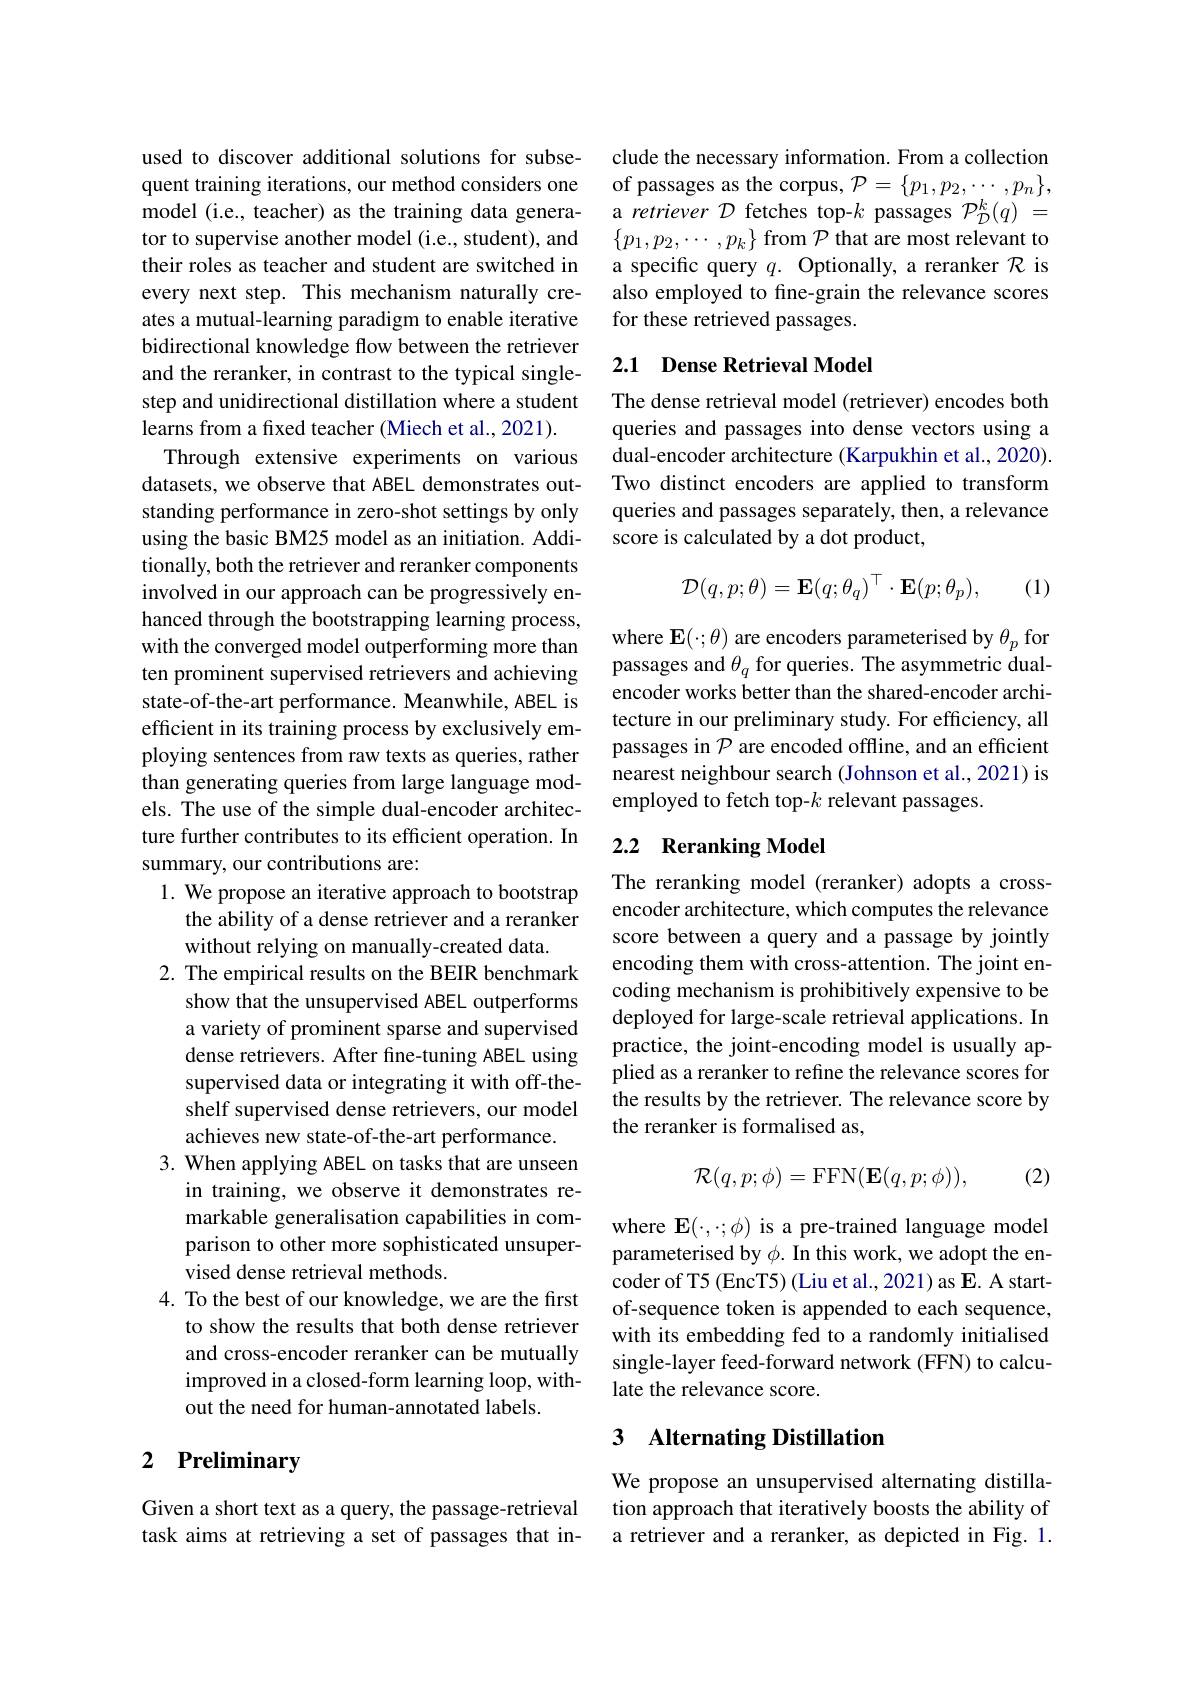
used to discover additional solutions for subsequent training iterations, our method considers one model (i.e., teacher) as the training data generator to supervise another model (i.e., student), and their roles as teacher and student are switched in every next step. This mechanism naturally creates a mutual-learning paradigm to enable iterative bidirectional knowledge flow between the retriever and the reranker, in contrast to the typical singlestep and unidirectional distillation where a student learns from a frxed teacher (Miech et al., 2021).
Through extensive experiments on various datasets, we observe that ABEL demonstrates outstanding performance in zero-shot settings by only using the basic BM25 model as an initiation. Additionally, both the retriever and reranker components involved in our approach can be progressively enhanced through the bootstrapping learning process, with the converged model outperforming more than ten prominent supervised retrievers and achieving state-of-the-art performance. Meanwhile, ABEL is efficient in its training process by exclusively employing sentences from raw texts as queries, rather than generating queries from large language models. The use of the simple dual-encoder architecture further contributes to its efficient operation. In summary, our contributions are:
1. We propose an iterative approach to bootstrap
the ability of a dense retriever and a reranker
without relying on manually-created data.
2. The empirical results on the BEIR benchmark
show that the unsupervised ABEL outperforms a variety of prominent sparse and supervised dense retrievers. After fine-tuning ABEL using supervised data or integrating it with off-theshelf supervised dense retrievers, our model achieves new state-of-the-art performance.
3. When applying ABEL on tasks that are unseen
in training, we observe it demonstrates remarkable generalisation capabilities in comparison to other more sophisticated unsupervised dense retrieval methods.
4. To the best of our knowledge, we are the first
to show the results that both dense retriever and cross-encoder reranker can be mutually improved in a closed-form learning loop, without the need for human-annotated labels.

# 2 Preliminary

Given a short text as a query, the passage-retrieval task aims at retrieving a set of passages that in-

clude the necessary information. From a collection of passages as the corpus, $\mathcal{P}=\{p_1,p_2,\cdots,p_n\}$, a retriever $\mathcal{D}$ fetches top-$k$ passages $\mathcal{P}_{\mathcal{D}}^{k}(q)=$ $\{p_1,p_2,\cdots,p_k\}$ from $\mathcal{P}$ that are most relevant to a specific query $q.$ Optionally, a reranker $\mathcal{R}$ is also employed to fine-grain the relevance scores for these retrieved passages.

## 2.1 Dense Retrieval Model

The dense retrieval model (retriever) encodes both queries and passages into dense vectors using a dual-encoder architecture (Karpukhin et al., 2020). Two distinct encoders are applied to transform queries and passages separately, then, a relevance score is calculated by a dot product,
$$\mathcal{D}(q,p;\theta)=\mathbf{E}(q;\theta_q)^\top\cdot\mathbf{E}(p;\theta_p),$$
(1)

where $\mathbf{E}(\cdot;\theta)$ are encoders parameterised by $\theta_p$ for passages and $\theta_q$ for queries. The asymmetric dualencoder works better than the shared-encoder architecture in our preliminary study. For efficiency, all passages in $\mathcal{P}$ are encoded offline, and an efficient nearest neighbour search (Johnson et al., 2021) is employed to fetch top-$k$ relevant passages.

## 2.2 Reranking Model

The reranking model (reranker) adopts a crossencoder architecture, which computes the relevance score between a query and a passage by jointly encoding them with cross-attention. The joint encoding mechanism is prohibitively expensive to be deployed for large-scale retrieval applications. In practice, the joint-encoding model is usually applied as a reranker to refine the relevance scores for the results by the retriever. The relevance score by the reranker is formalised as,
$$\mathcal{R}(q,p;\phi)=\mathrm{FFN}(\mathbf{E}(q,p;\phi)),$$
(2)

where $\mathbf{E}(\cdot,\cdot;\phi)$ is a pre-trained language model parameterised by $\phi.$ In this work, we adopt the encoder of T5 (EncT5) (Liu et al., 2021) as E. A startof-sequence token is appended to each sequence, with its embedding fed to a randomly initialised single-layer feed-forward network (FFN) to calculate the relevance score.

## 3 Alternating Distillation

We propose an unsupervised alternating distillation approach that iteratively boosts the ability of a retriever and a reranker, as depicted in Fig. 1.